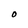
Character: O